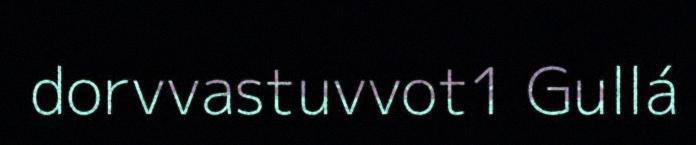
dorvvastuvvot1 Gullá